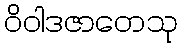
ဝိဝါဒဇာတေသု